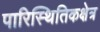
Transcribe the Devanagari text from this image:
पारिस्थितिकक्षेत्र